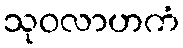
သုဝလာဟကံ